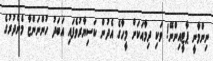
ނިންމާނީ ޕާޓީއިންނޭ! ވަކި ދިމާއަކަށް މީހާގެ އެދުން ކަސިޔާރުވެފައި އަބަދު ހުންނަންޏާ މެންދުރުގެ